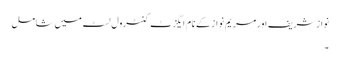
نواز شریف اور مریم نواز کے نام ایگزٹ کنٹرول لسٹ میں شامل
۔